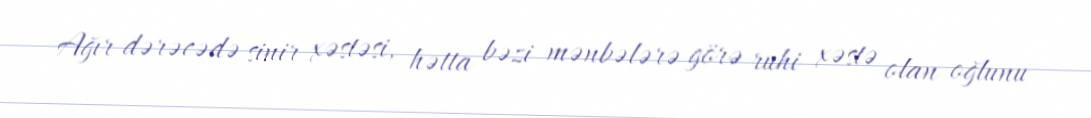
Ağır dərəcədə sinir xəstəsi, hətta bəzi mənbələrə görə ruhi xəstə olan oğlunu